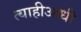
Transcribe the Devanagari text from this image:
त्याहीआधी